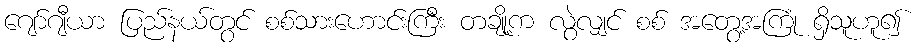
ဂျော်ဂျီယာ ပြည်နယ်တွင် စစ်သားဟောင်းကြီး တချို့က လွဲလျှင် စစ် အတွေ့အကြုံ ရှိသူဟူ၍